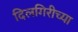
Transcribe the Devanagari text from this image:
दिलगिरीच्या